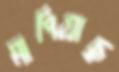
মাপিয়াছ